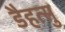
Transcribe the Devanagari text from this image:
डैहत्सु